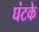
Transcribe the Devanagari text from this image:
घंटके